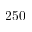
2 5 0